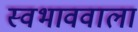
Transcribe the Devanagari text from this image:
स्वभाववाला